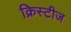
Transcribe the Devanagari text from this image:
क्रिस्टीज